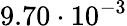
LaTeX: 9.70\cdot 10^{-3}